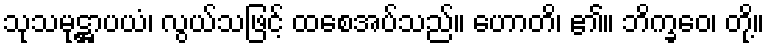
သုသမုဋ္ဌာပယံ၊ လွယ်သဖြင့် ထစေအပ်သည်။ ဟောတိ၊ ၏။ ဘိက္ခဝေ၊ တို့။